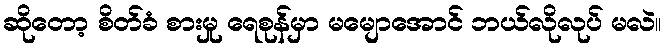
ဆိုတော့ စိတ်ခံ စားမှု ရေစုန်မှာ မမျောအောင် ဘယ်လိုလုပ် မလဲ။